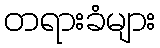
တရားခံများ